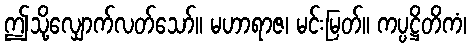
ဤသို့လျှောက်လတ်သော်။ မဟာရာဇ၊ မင်းမြတ်။ ကပ္ပဋ္ဌိတိကံ၊